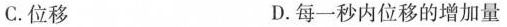
C.位移 D.每一秒内位移的增加量